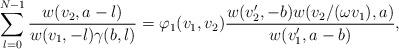
LaTeX: \begin{align*}\sum^{N-1}_{l=0} \frac{w(v_2 , a-l)}{w(v_1, -l) \gamma(b,l)}=\varphi_1(v_1,v_2)\frac{w(v'_2,-b) w(v_2/(\omega v_1),a)}{w(v'_1, a-b)},\end{align*}